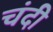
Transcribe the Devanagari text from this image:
चंदी